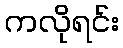
ကလိုရင်း